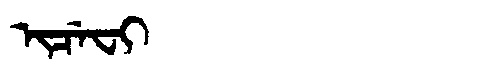
Manchu: ᡳᠴᡝᠸᡳ
Romanization: ICEFI